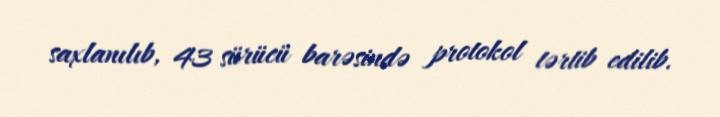
saxlanılıb, 43 sürücü barəsində protokol tərtib edilib.